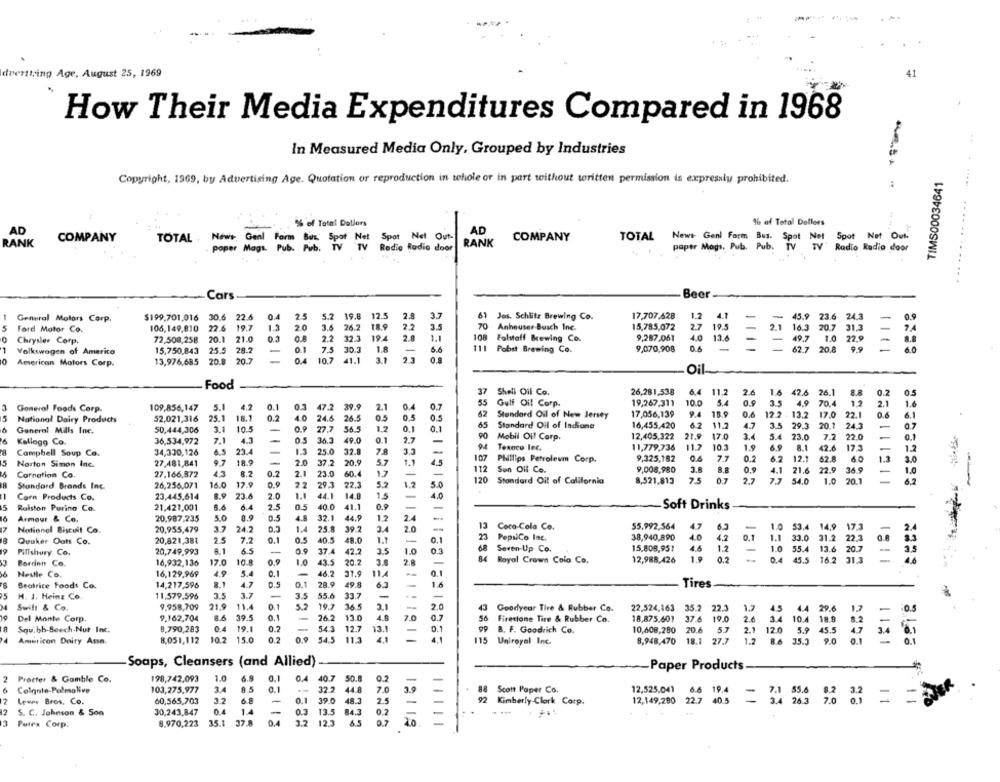
tvertting Age, August 25, 1969
How Their Media Expenditures Compared in 1968
In Measured Media Only, Grouped by Industries
Copyright, 1969, by Advertising Age. Quotation or reproduction in whole or in part without written permission is expressly prohibited.
TIMS00034641
- -
...
% of Total Dallors
-
% af Tetal Dollors
...
AD
AD
COMPANY
TOTAL .
News
Spot
Net Out-
RANK
COMPANY
TOTAL
Spot
Out
RANK
Maga P .
Radio Radio door
paper Mogs, Pub. Pub. TV TV" Radio Radio door
TV
..
Cars
Beer
4.1
-
General Motors Corp.
$199,701,016
30.6
22.6
0.4
5.2 19.8
12.5
2.8
3.2
61 Jes. Schlitz Brewing Co.
17,707,628
1.2
-
-
45.9
23.6
24.
0.9
5 Ford Motor Co.
106,149,810
22.6
19.7
1.3
20
3.6
26.2
18.9
2.2
3.5
70
Anhouser -Busch Inc.
15,785,072
27
19.5
-
2.1 16.3
20.7 31.3
21.0
0.1
2.8
108
9,287,061
13.6
163
20.7
11.3
Chrysler Corp.
72,500,258
20.1
0.8
2.2
32.3
194
Falstaff Brewing Co.
1.0 22,9
1
Volkswagen of America
15.750,843
25.5
28.2
0.1
7.5
30.3
6.6
111 Pobut Brewing Co.
9,070,908
0.6
-
62.7
9.9
11
0
13,976,685
20.8
20.7
04
0.4 10.7
10.7
41.1
0.8
American Motors Corp.
Oil
11511188
Food
37
Shell Oil Co.
26,281,538
6.4
11.2
26
1.6
42.6 26.1
0.5
3
109,856,147
5.1
4.2
0.1
0.3 47.2 39.9
2.1
0.4
0.7
55
Gulf Oil Corp.
19,267,311
10.0
5.4
0.9
4.9
70.
1.6
General Foods Corp.
62
Standard Oil of New Jersey
17,056,139
9.4
18.9
0.6
12.2
13.2
17.0
22.1
6.1
National Dairy Products
52.021,316
25.1
18.1
0.2
4.0
24.8
26.5
0.5
0.5
0.5
47
General Mills Inc.
50,444,306
3.1
10.5
0.9
27.7
56.5
12
0,1
0.1
65 Standard Oil of Indiane
16,455,420
115
3.5
29.3
20,1
24,3
36,534,972
7.1
4.3
0.5
30.3
49.0
0.1
2.7
00
Mobil Oil Corp.
12,405,322
21.9
17.0
5.4
23.0
7.2
22.0
Kellogg Co.
Texoco lec.
11,779,736
11.7
10.3
1.9
6.9
8.1
Campbell Soup Co.
34,330,126
6.5
23.4
1.3
25.0
32.8
42.6
17.3
1.2
5
27,481,841
9.7
18.9
2.0
37.2
20.9
5.7
4.5
107 Phillips Petroleum Corp.
9,325,182
0.2
12.1
62.
60
3.0
Norton Simon Inc.
112 Son Oll Co.
9,008,980
4.1
21.6
22.5
1.0
Carnation Co.
27.166.872
45
8.2
0.2
2.1
23.0
60.4
17
-
36.9
Standard Brands Inc.
26,256,071
16.0
17.9
0.9
22
29.1
22.3
5.0
120 Standard Oil of California
8,521,813
7.5
0.7
2.7
7.7
54.0
1.0
20.1
6.2
4.0
Corn Products Co.
23,445,614
8.9
23.4
2.0
1.
44.1
14.8
1.5
15
Rolston Purino Co.
21.421,001
8.4
6.4
2.5
0.5
40.0
41.1
0.9
-
Soft Drinks
16
20.987.235
5.0
0.5
4.8
32.1
44.9
1.2
Armour & Co.
13
55.992,564
47
6.3
Notionel Biscuit Co.
20,955,479
3.7
24.2
25.8
39.2
3.
2.0
-
Coca-Cola Co.
-
1.0 53.4 14.9 17.3
20,821,381
25
7.7
0.1
40.5
48.0
1.1
0.1
PepsiCo Inc.
38,940,890
4.0
4.2
0.1 1.1
33.0
31.2
0.8
Quaker Oats Co.
68
Seven Up Co.
15.808,951
4.6
1.2
13.6
22.3
Pillshury Co.
20,749.993
A.1
65
37.4
42.2
3.5
1.0
-
1.0 55.4
--
Borrien Co.
16,932,136
17.0
10.8
0.9
1.0
43.5
20.2
3.8
2.
-
84
Royal Crown Colo Co.
12,988,426
19
0.2
-. 0.4 45.5
16.2
i
1.6
4.9
0.1
0.1
Nestle Co.
16,129,969
5.4
-
46.2
31.9
11.4
Beatrice Food: Co.
14.217,596
8.1
47
0.1
28.9
49.8
6.2
-
1.6
Tires
H. J. Heinz Co
11,579,596
3.5
3.7
-
3.5
55.6
33.7
-
Swift & Co.
9,958,709
21.5
11.4
0.1
19.7
365
3.1
2.0
Goodyear Tire & Rubber Co.
22.524,163 35.2 22.3
1.7
45 4.4 29.6
1.7
Del Monte Corp.
9.162,704
39.5
0.1
-
26.2
13.0
4.6
7.0
0.7
Firestone Tire & Rubber Co.
18,875,601
37.6
19.0
2.6
8.790,283
0.4
19.1
0.2
-
54.3
12.7
13.
10.4
8.2
Squibb-Beech-Nut Inc.
0.1
B. F. Goodrich Co.
10,608,280
20.6
5.7
2.1
12.0
5.9
45.
47
Amuricon Dairy Assa.
8,051,112
10.2 15.0
0.2
0.9 54.5
11.3
4.1
115
Uniroyal Inc.
8,948,470
18.1 27.7
1.2
8.6 35.3
0.1
1121
Soaps, Cleansers (and Allied)
Paper Products
2 Procter & Gamble Co.
198,742,093
1.0
6.4
0.4
40.7
50.8
-
Colgate-Palmolive
103,275,977
9.5
0.1
32.2
44.8
7.0
3.9
88 Scott Paper Co.
12,525,041
19.4
=
12
Lever Bros, Co.
60,565,703
6.8
-
0.1
39.0
48.3
2.5
92 Kimberly-Clork Corp.
12,149,280
27
=
1 1
2
S. C. Johnson & Son
30,243,847
0.3
13.5
84.3
0.2
Purrx Corp.
8.970,223
35.1
37.8
0.4
3.2
12.3
0.7
20